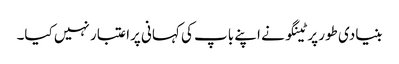
بنیادی طور پر ٹینگو نے اپنے باپ کی کہانی پراعتبار نہیں کیا۔